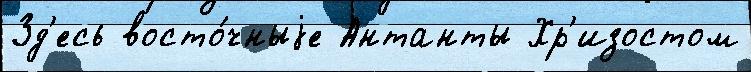
Зд'есь восто́чныjе Антанты Хр'изостом